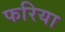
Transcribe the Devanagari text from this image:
फरिया